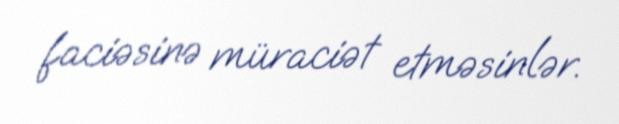
faciəsinə müraciət etməsinlər.